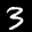
Label: 3